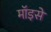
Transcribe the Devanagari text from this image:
मॉइसे